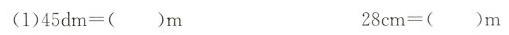
(1)$$4 5 d m = ( ) m$$ $$2 8 c m = ( ) m$$